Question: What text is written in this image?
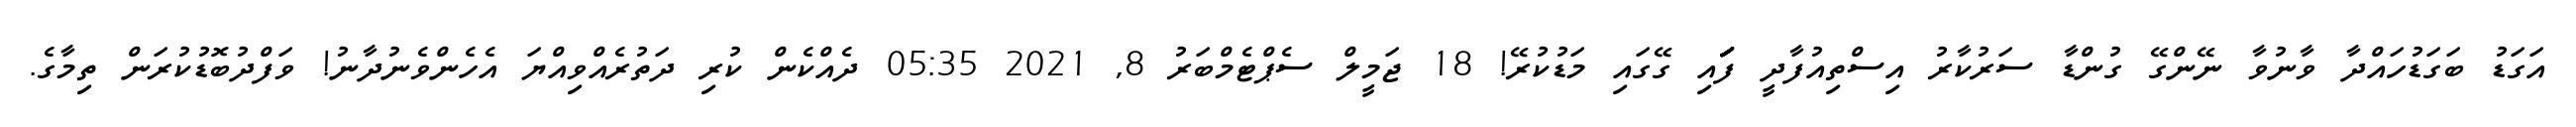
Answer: އަގަޑު ބަގަޑުހައްދާ ވާނުވާ ނޭންގޭ ގުންޑާ ސަރުކާރު އިސްތިއުފާދީ ފަަަަަަަަަަަަަައި ގޭގައި މަޑުކުރޭ! 18 ޖަމީލް ސެޕްޓެމްބަރު 8, 2021 05:35 ދެއްކެން ކުރި ދަތުރެއްވިއްޔަ އެހެންވެނުދާނު! ވަފްދުބޮޑުކުރަން ތިމާގެ.